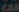
CAR